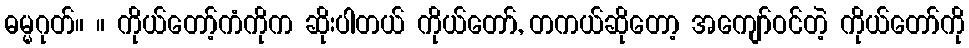
ဓမ္မဂုတ်။ ။ ကိုယ်တော့်ကံကိုက ဆိုးပါတယ် ကိုယ်တော်, တကယ်ဆိုတော့ အကျော်ဝင်တဲ့ ကိုယ်တော်ကို